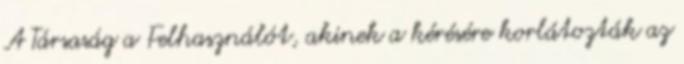
A Társaság a Felhasználót, akinek a kérésére korlátozták az